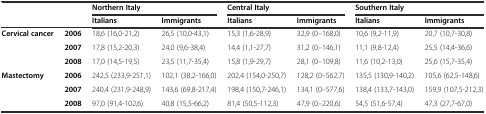
<table><thead><tr><td colspan="2">[EMPTY_CELL]</td><td colspan="2"><b>Northern Italy</b></td><td colspan="2"><b>Central Italy</b></td><td colspan="2"><b>Southern Italy</b></td></tr><tr><td colspan="2">[EMPTY_CELL]</td><td><b>Italians</b></td><td><b>Immigrants</b></td><td><b>Italians</b></td><td><b>Immigrants</b></td><td><b>Italians</b></td><td><b>Immigrants</b></td></tr></thead><tbody><tr><td rowspan="3"><b>Cervical cancer</b></td><td><b>2006</b></td><td>18,6 (16,0-21,2)</td><td>26,5 (10,0-43,1)</td><td>15,3 (1,6-28,9)</td><td>32,9 (0–168,0)</td><td>10,6 (9,2-11,9)</td><td>20,7 (10,7-30,8)</td></tr><tr><td><b>2007</b></td><td>17,8 (15,2-20,3)</td><td>24,0 (9,6-38,4)</td><td>14,4 (1,1-27,7)</td><td>31,2 (0–146,1)</td><td>11,1 (9,8-12,4)</td><td>25,5 (14,4-36,6)</td></tr><tr><td><b>2008</b></td><td>17,0 (14,5-19,5)</td><td>23,5 (11,7-35,4)</td><td>15,8 (1,9-29,7)</td><td>28,1 (0–109,8)</td><td>11,6 (10,2-13,0)</td><td>25,6 (15,7-35,4)</td></tr><tr><td rowspan="3"><b>Mastectomy</b></td><td><b>2006</b></td><td>242,5 (233,9-251,1)</td><td>102,1 (38,2-166,0)</td><td>202,4 (154,0-250,7)</td><td>128,2 (0–562,7)</td><td>135,5 (130,9-140,2)</td><td>105,6 (62,5-148,6)</td></tr><tr><td><b>2007</b></td><td>240,4 (231,9-248,9)</td><td>143,6 (69,8-217,4)</td><td>198,4 (150,7-246,1)</td><td>134,1 (0–577,6)</td><td>138,4 (133,7-143,0)</td><td>159,9 (107,5-212,3)</td></tr><tr><td><b>2008</b></td><td>97,0 (91,4-102,6)</td><td>40,8 (15,5-66,2)</td><td>81,4 (50,5-112,3)</td><td>47,9 (0–220,6)</td><td>54,5 (51,6-57,4)</td><td>47,3 (27,7-67,0)</td></tr></tbody></table>